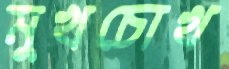
মুখচোখ